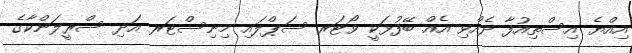
އިއްޔެ އިސްތިއުފާ ދެއްވި އެއް ބޭފުޅަކީ ވޯޓަރ ސަޕްލައި މިނިސްޓަރ އަދި ސްރީލަންކާގެ